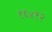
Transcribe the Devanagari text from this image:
१६४१२